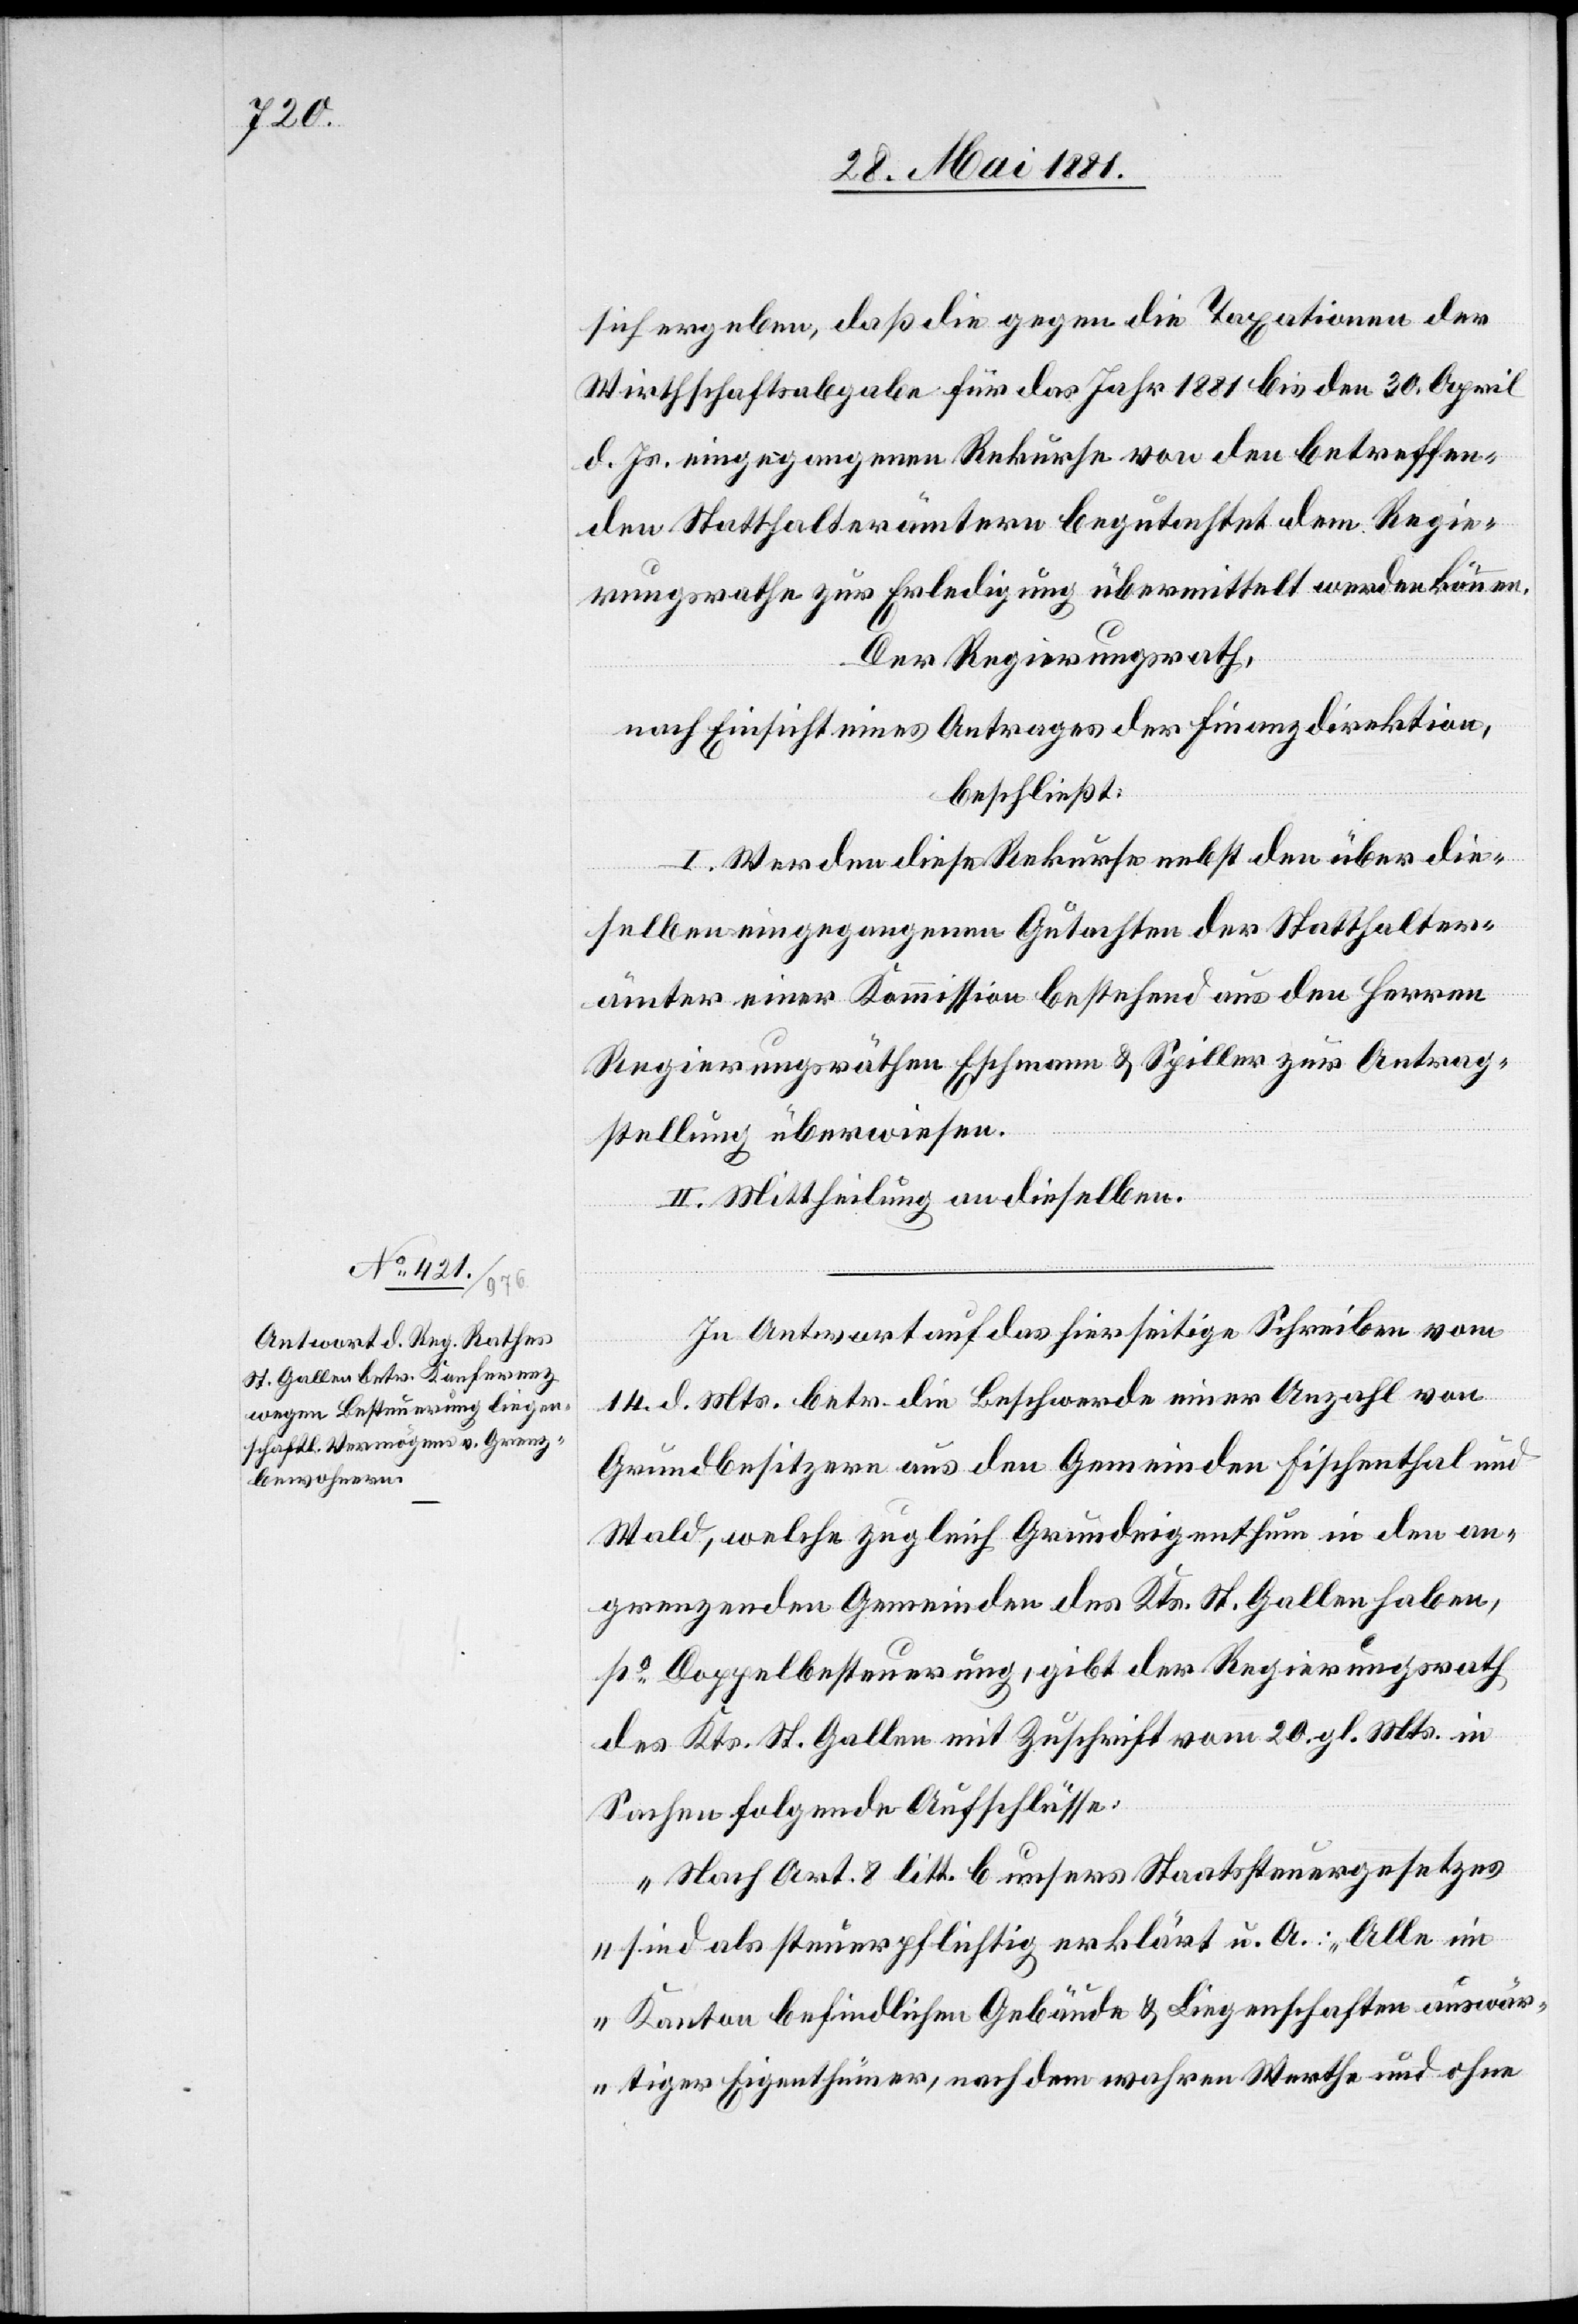
sich ergeben, daß die gegen die Taxationen der
Wirthschaftsabgabe für das Jahr 1881 bis den 30. April
d. Js. eingegangenen Rekurse von den betreffen¬
den Statthalterämtern begutachtet dem Regie¬
rungsrathe zur Erledigung übermittelt werden können.
Der Regierungsrath,
nach Einsicht eines Antrages der Finanzdirektion,
beschließt:
I. Werden diese Rekurse nebst den über die¬
selben eingegangenen Gutachten der Statthalter¬
ämter einer Kommission bestehend aus den Herren
Regierungsräthen Eschmann & Spiller zur Antrag¬
stellung überwiesen.
II. Mittheilung an dieselben.
In Antwort auf das hierseitige Schreiben vom
14. d. Mts. betr. die Beschwerde einer Anzahl von
Grundbesitzern aus den Gemeinden Fischenthal und
Wald, welche zugleich Grundeigenthum in den an¬
grenzenden Gemeinden des Kts. St. Gallen haben,
po Doppelbesteuerung, gibt der Regierungsrath
des Kts. St. Gallen mit Zuschrift vom 20. gl. Mts. in
Sachen folgende Aufschlüsse:
„Nach Art. 8 litt. b unsers Staatssteuergesetzes
sind als steuerpflichtig erklärt u. A.: „Alle im
Kanton befindlichen Gebäude & Liegenschaften auswär¬
tiger Eigenthümer, nach dem wahren Werthe und ohne